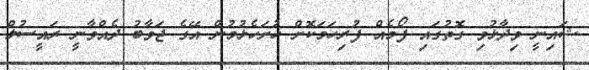
ޝައިނީ ވިދާޅުވި ގޮތުގައި ފޯމެއް ފުރިހަމަކޮށް ހުށަހެޅުމުން އޭގެ ޖަވާބު ދެއްވާނީ ރައީސުލް